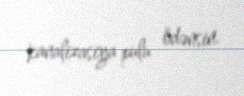
kanalizasiya pulu ödənsin.